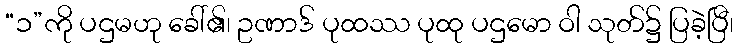
“၁”ကို ပဌမဟု ခေါ်၏၊ ဥဏာဒ် ပုထဿ ပုထု ပဌမော ဝါ သုတ်၌ ပြခဲ့ပြီ၊